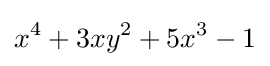
x^{4}+3xy^{2}+5x^{3}-1